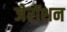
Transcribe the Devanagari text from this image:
जेरोंशन